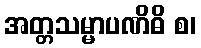
အတ္တသမ္မာပဏိဓိ စ၊